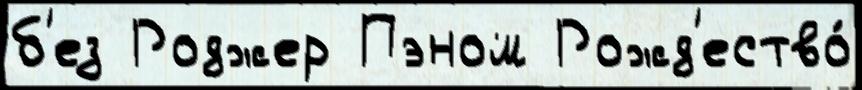
б'ез Роджер Пэном Рожд'ество́